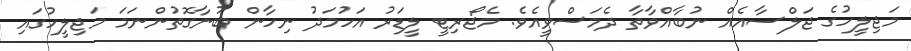
މަޖިލީހުގެ ޖަލްސާއެއް ނުބާއްވާތާ ދެމަސްވީއެވެ. މެޖޯރިޓީ ލީޑަރު އަހުމަދު ނިހާން ބުނާގޮތުންނަމަ މަޖިލީހުގައި